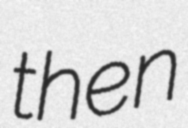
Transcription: then